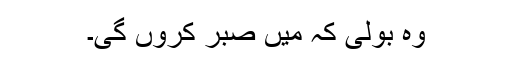
وہ بولی کہ میں صبر کروں گی۔